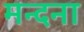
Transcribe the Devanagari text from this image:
मन्दना